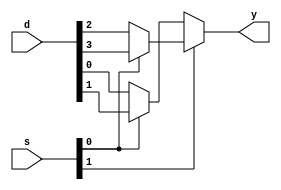
`timescale 1ns / 1ps
//////////////////////////////////////////////////////////////////////////////////
// Company: 
// Engineer: 
// 
// Design Name: 
// Module Name: mux
// Project Name: 
// Target Devices: 
// Tool Versions: 
// Description: 
// 
// Dependencies: 
// 
// Revision:
// Revision 0.01 - File Created
// Additional Comments:
// 
//////////////////////////////////////////////////////////////////////////////////


module mux(
    input [3:0] d,
    input [1:0] s,
    output y
    );
assign y= s[1]? s[0]? d[3]: d[2] : s[0]? d[1] : d[0];
endmodule